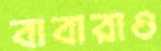
বাবারাও